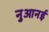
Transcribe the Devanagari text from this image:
नुआनई